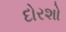
દોરશો